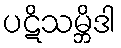
ပဋိသမ္ဘိဒါ